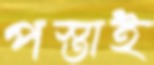
পস্তাই